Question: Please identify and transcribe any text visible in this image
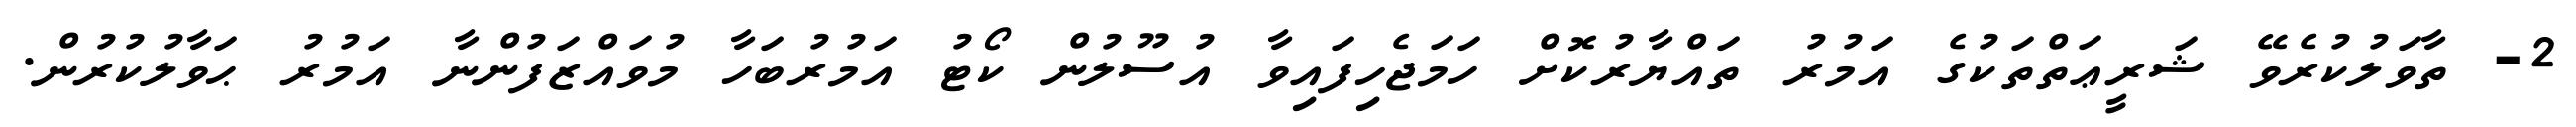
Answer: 2- ތާވަލުކުރެވޭ ޝަރީޢަތްތަކުގެ އަމުރު ތައްޔާރުކޮށް ހަމަޖެހިފައިވާ އުސޫލުން ކޯޓު އަމުރުބަހާ މުވައްޒަފުންނާ އަމުރު ޙަވާލުކުރުން.